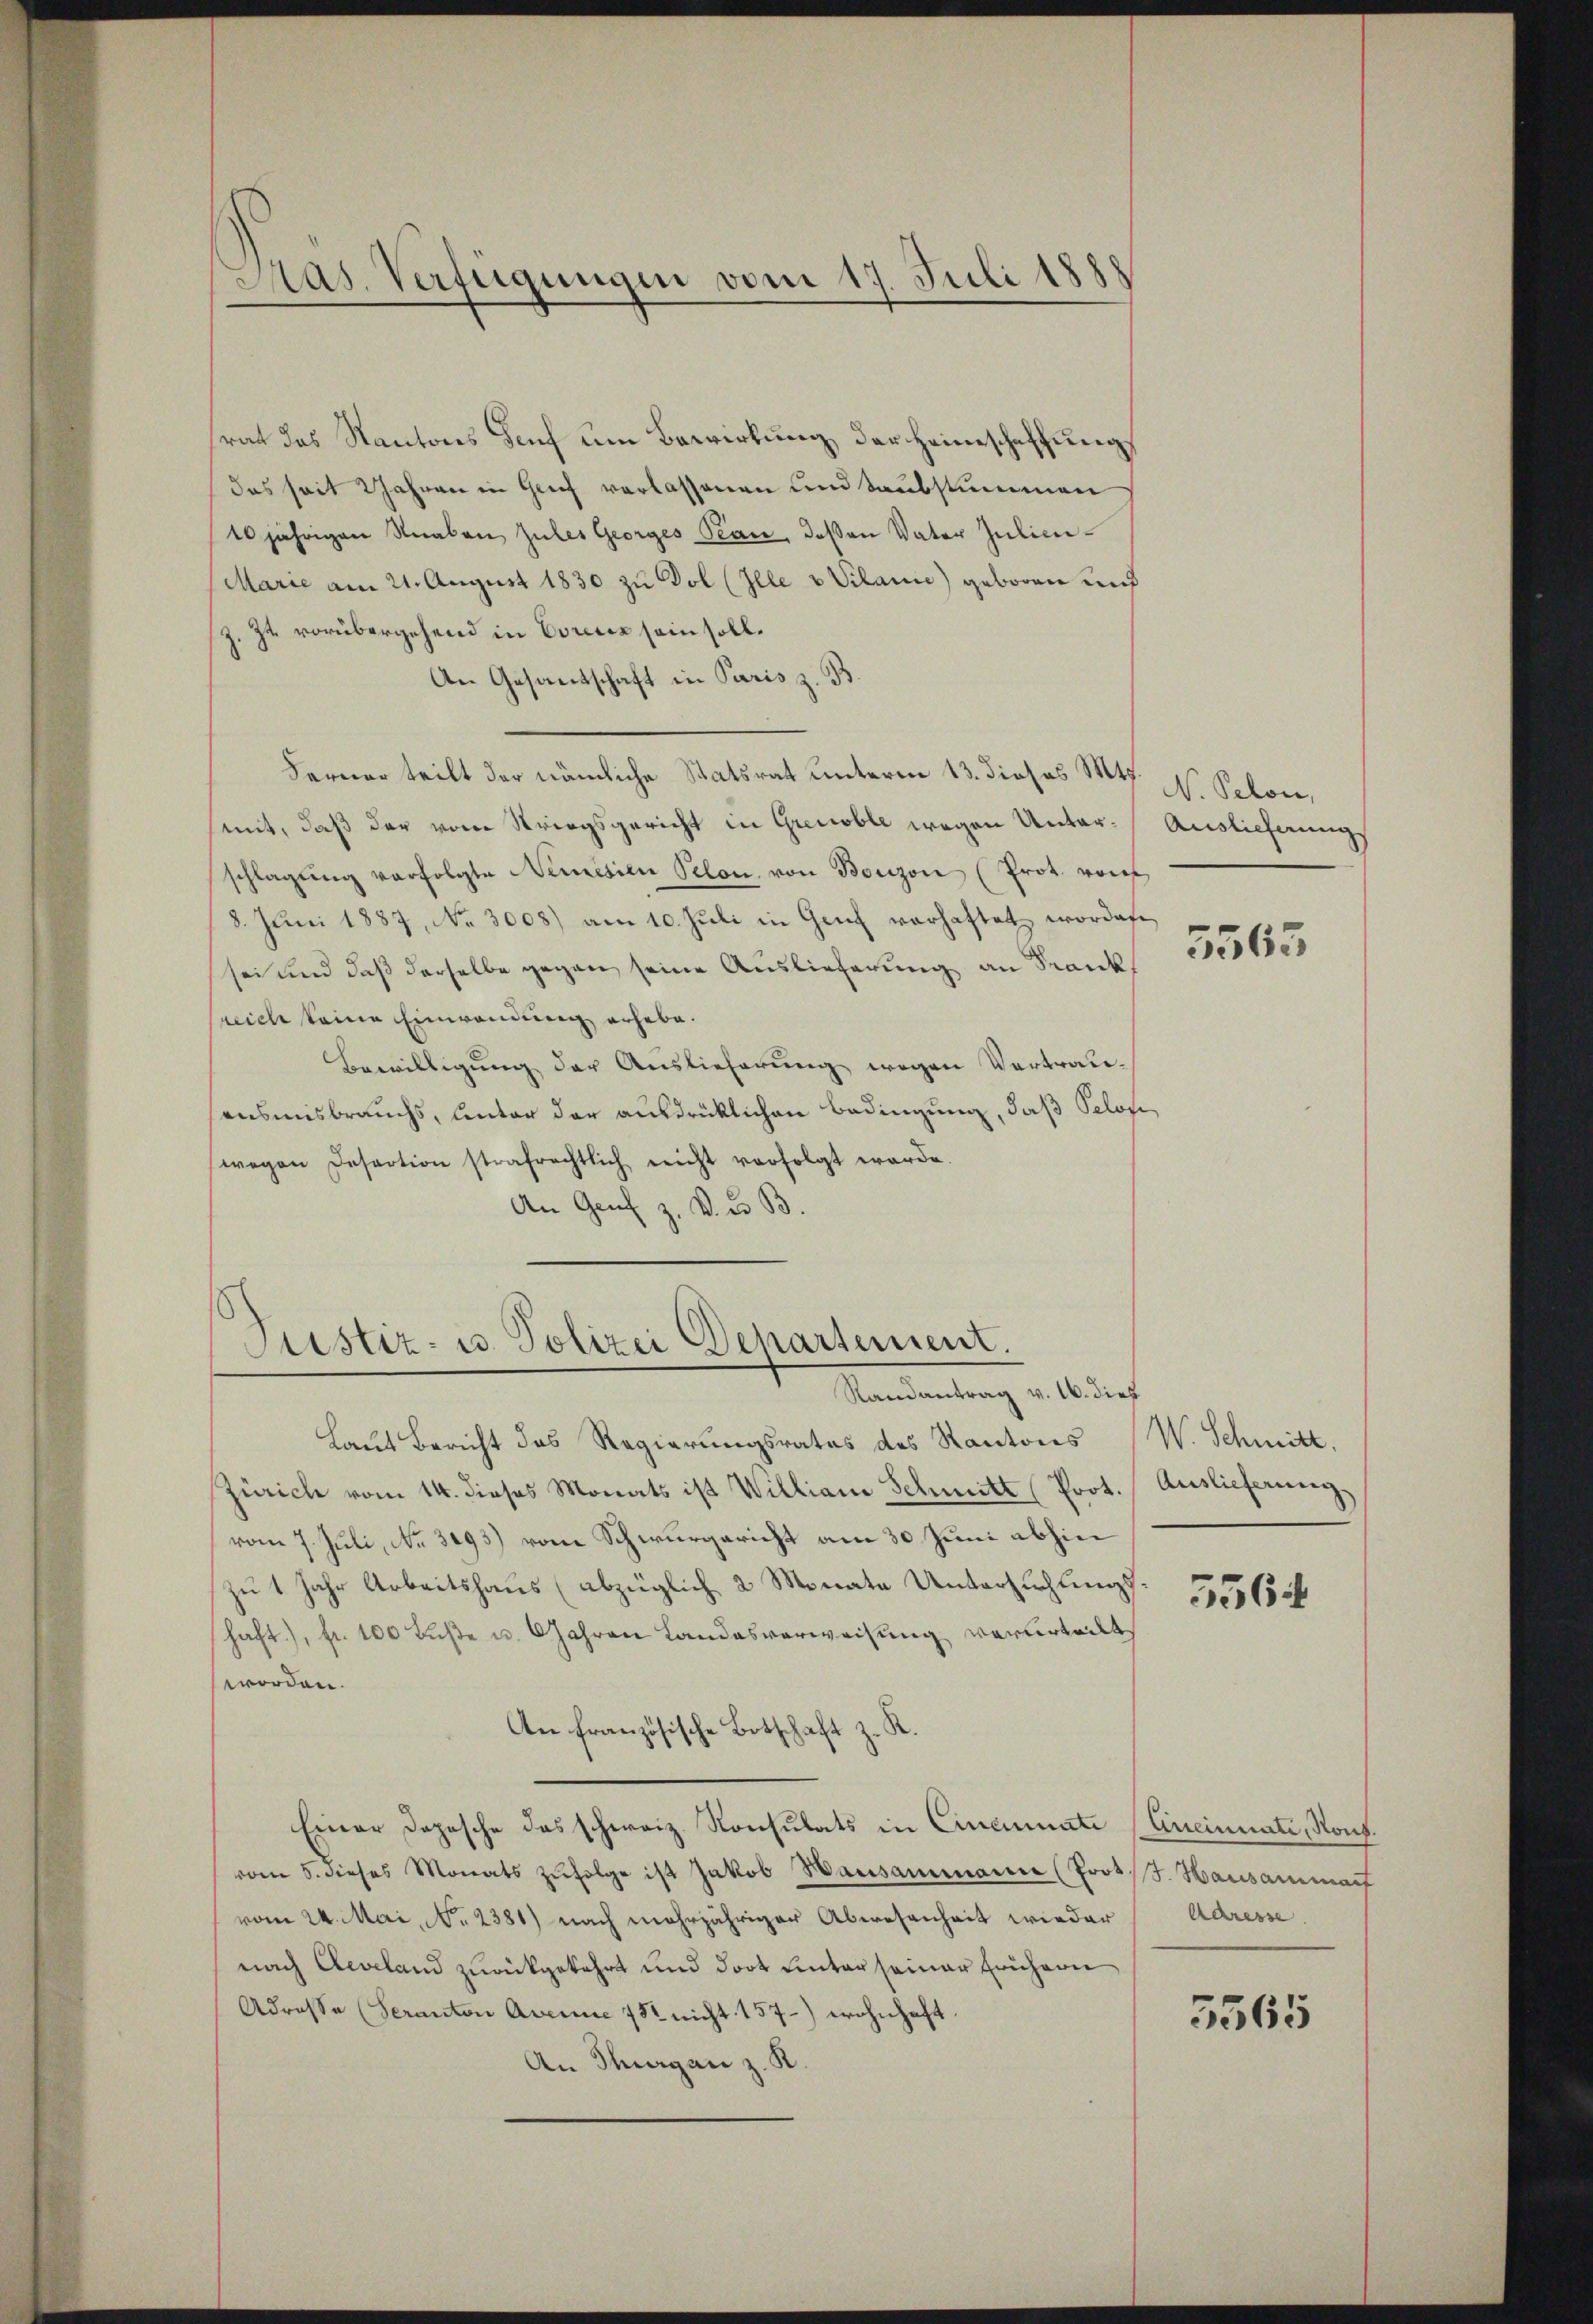
Pas. Verfügungen vom 17. Juli 1888

rat des Kantons Dorf um Bewirkung, der Heimschaffung
das seit Jahren in Graf verlassenen und Taubstummen
10jährigen Knaben zules Georges Pean, deßen Vater Julic¬
Marie am 21. August 1830 zu Dol (Ille u Vilanie) geboren und
je vorübergehend in Eurenz sein soll.
An Gesandschaft in Paris z. B.
Ferner teilt der nämliche Statsrat unterm 13. dieses Mts.
mit, daß der vom Striegsgericht in Grenoble wegen Unter-Auslieferungs
schlagŭng verfolgte Nemésien Selon von Bonzon (Prot. von
8. Juni 1887, No 3008) am 10. Juli in Genf verhaftet wordene
sei und daß derselbe gegen seine Auslieferung an Frankneich keine Einwendung erhebe.
Bewilligung der Auslieferung wegen Vertrauensmisbrauchs, unter der ausdrücklichen Bedingung, daß Selosi,
wegen Desection strafrechtlich nicht verfolgt werde.
An Genf z. V. u. B.

Justiz- u Polizei Departement.

Randantrag v. 16. dies
Laut Bericht des Regierungsrates des Kantons
Zürich vom 14. dieses Monats ist Williani Schmitt (Prot.
vom 7. Juli, No. 3093) vom Schwurgericht am 30. Juni abhin
zu 1 Jahr Arbeitshaus (abzüglich 2 Monate Untersuchungs
haft), fr. 100 Fuße u. Jahren Landesverweisung verurteilt
worden.
An französische Botschaft z
Einer Depesche das schweiz. Konsulats in Cinamnate
vom 5. dieses Monats zŭfolge ist Jakob Hausammanne (Prot. F. Hausammart
vom 24. Mai, No. 2381) nach mehrjähriger Abwesenheit wieder
nach Aeveland zurückgekehrt und dort unter seiner Frühern
Adresse (Seranton Averne 752 nicht 157) wohnhaft.
An Thurgan z. R.

N. Pelon,

5563

W. Schmitt
Auslieferung

5564

Erreinnali, Ront.
Adresse.

5565